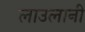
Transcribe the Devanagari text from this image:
लाउलानी